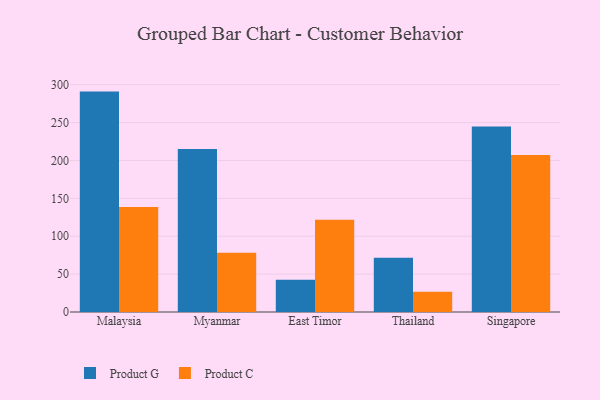
{"axis": {"x": "Country", "y": "Churn Rate (%)"}, "legend": ["Product C", "Product G"], "data": [{"x": "Malaysia", "y": 290.9, "type": "Product G"}, {"x": "Malaysia", "y": 138.7, "type": "Product C"}, {"x": "Myanmar", "y": 215.0, "type": "Product G"}, {"x": "Myanmar", "y": 78.3, "type": "Product C"}, {"x": "East Timor", "y": 42.6, "type": "Product G"}, {"x": "East Timor", "y": 121.8, "type": "Product C"}, {"x": "Thailand", "y": 71.7, "type": "Product G"}, {"x": "Thailand", "y": 26.7, "type": "Product C"}, {"x": "Singapore", "y": 244.7, "type": "Product G"}, {"x": "Singapore", "y": 207.1, "type": "Product C"}]}